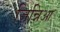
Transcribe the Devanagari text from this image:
ज़िन्निआ